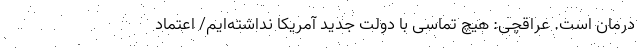
درمان است. عراقچی: هیچ تماسی با دولت جدید آمریکا نداشته‌ایم/ اعتماد